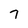
Character: 7